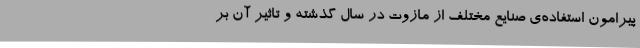
پیرامون استفاده‌ی صنایع مختلف از مازوت در سال گذشته و تاثیر آن بر